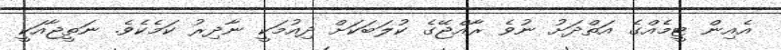
އެއިން ޓީމެއްގެ އަތްދަށު ނުވެ ރާއްޖޭގެ ކުލަބަކަށް ދިއުމަކީ ނާދިރު ކަމެކެވެ. ނަތީޖާއަކީ